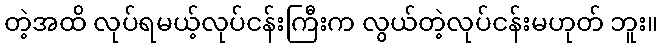
တဲ့အထိ လုပ်ရမယ့်လုပ်ငန်းကြီးက လွယ်တဲ့လုပ်ငန်းမဟုတ် ဘူး။